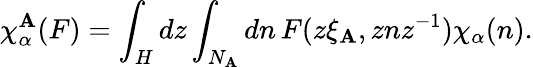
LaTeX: \chi_{\alpha}^{\mathbf{A}}(F)=\int_{H}dz\int_{N_{\mathbf{A}}}dn\, F(z\xi_{\mathbf{A}},znz^{-1})\chi_{\alpha}(n).